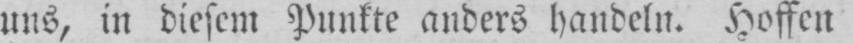
uns, in diesem Punkte anders handeln. Hoffen